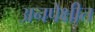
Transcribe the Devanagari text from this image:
अनपेक्षीत